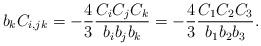
LaTeX: \begin{align*}b_kC_{i,jk}=-\frac{4}{3}\frac{C_iC_jC_k}{b_ib_jb_k}=-\frac{4}{3}\frac{C_1C_2C_3}{b_1b_2b_3}.\end{align*}